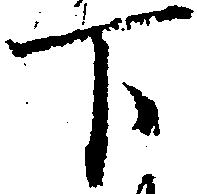
下